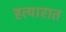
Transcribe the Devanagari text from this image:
हत्यारात